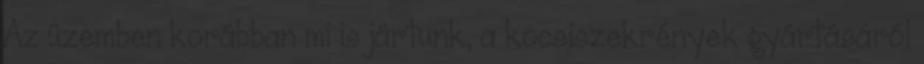
Az üzemben korábban mi is jártunk, a kocsiszekrények gyártásáról